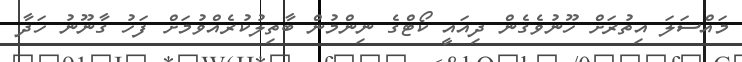
މައްސަލަ އިތުރަށް ހޫނުވެގެން ދިއައީ ކޯޓްގެ ނިންމުން ބާތިލުކުރެއްވުމަށް ފަހު ގާނޫނު ހަދާ